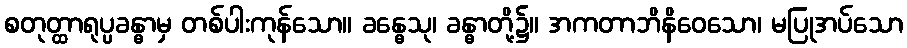
စတုတ္ထာရုပ္ပခန္ဓာမှ တစ်ပါးကုန်သော။ ခန္ဓေသု၊ ခန္ဓာတို့၌။ အကတာဘိနိဝေသော၊ မပြုအပ်သော